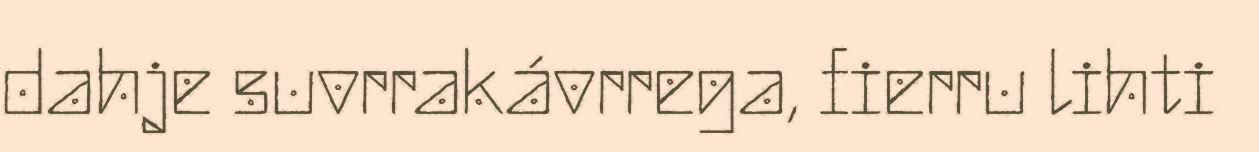
dahje suvrrakávrrega, fierru lihti